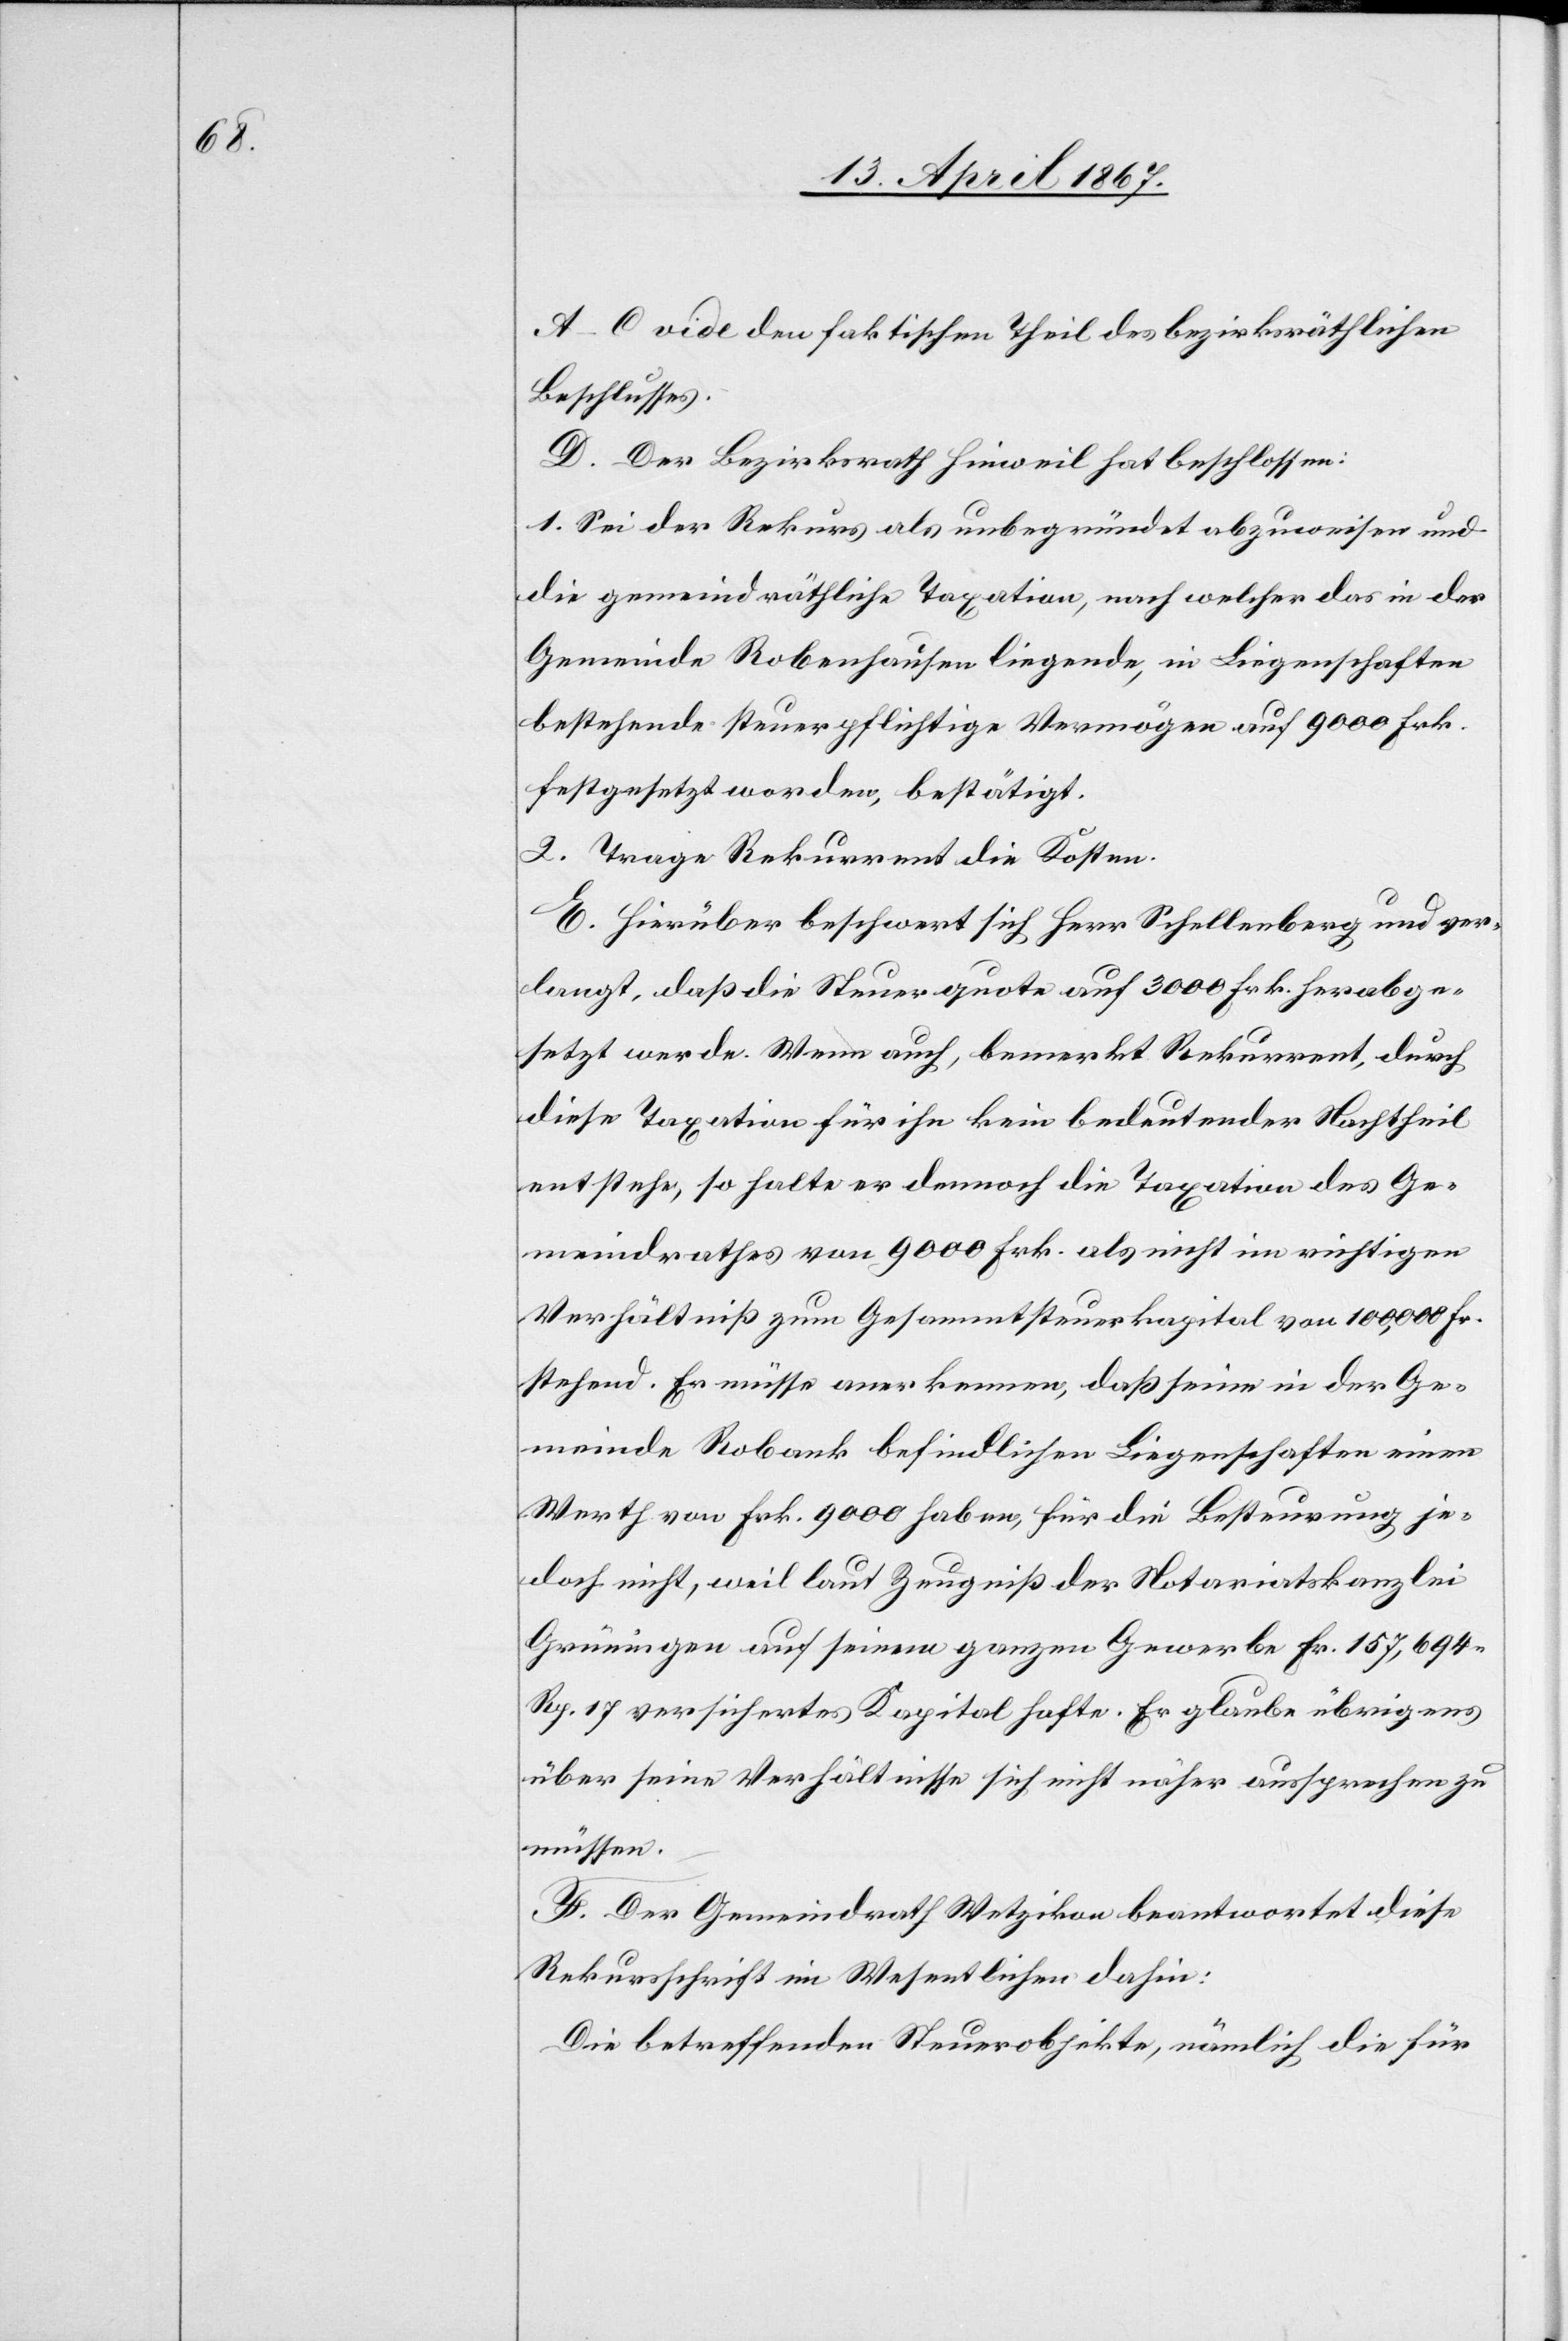
A–C vide den faktischen Theil des bezirksräthlichen
Beschlusses.
D. Der Bezirksrath Hinweil hat beschlossen:
1. Sei der Rekurs als unbegründet abzuweisen und
die gemeindräthliche Taxation, nach welcher das in der
Gemeinde Robenhausen liegende, in Liegenschaften
bestehende steuerpflichtige Vermögen auf 9000 Frk.
festgesetzt worden, bestätigt.
2. Trage Rekurrent die Kosten.
E. Hierüber beschwert sich Herr Schellenberg und ver¬
langt, daß die Steuerquote auf 3000 Frk. herabge¬
setzt werde. Wenn auch, bemerkt Rekurrent, durch
diese Taxation für ihn kein bedeutender Nachtheil
entstehe, so halte er dennoch die Taxation des Ge¬
meindrathes von 9000 Frk. als nicht im richtigen
Verhältniß zum Gesammtsteuerkapital von 100,000 Fr.
stehend. Es müsse aner kennen [sic!], daß seine in der Ge¬
meinde Robank befindlichen Liegenschaften einen
Werth von Frk. 9000 haben, für die Besteuerung je¬
doch nicht, weil laut Zeugniß der Notariatskanzlei
Grüningen auf seinem ganzen Gewerbe Fr. 157,694.
Rp. 17 versichertes Kapital hafte. Er glaube übrigens
über seine Verhältnisse sich nicht näher aussprechen zu
müssen.
F. Der Gemeindrath Wetzikon beantwortet diese
Rekursschrift im Wesentlichen dahin:
Die betreffenden Steuerobjekte, nämlich die für